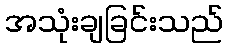
အသုံးချခြင်းသည်